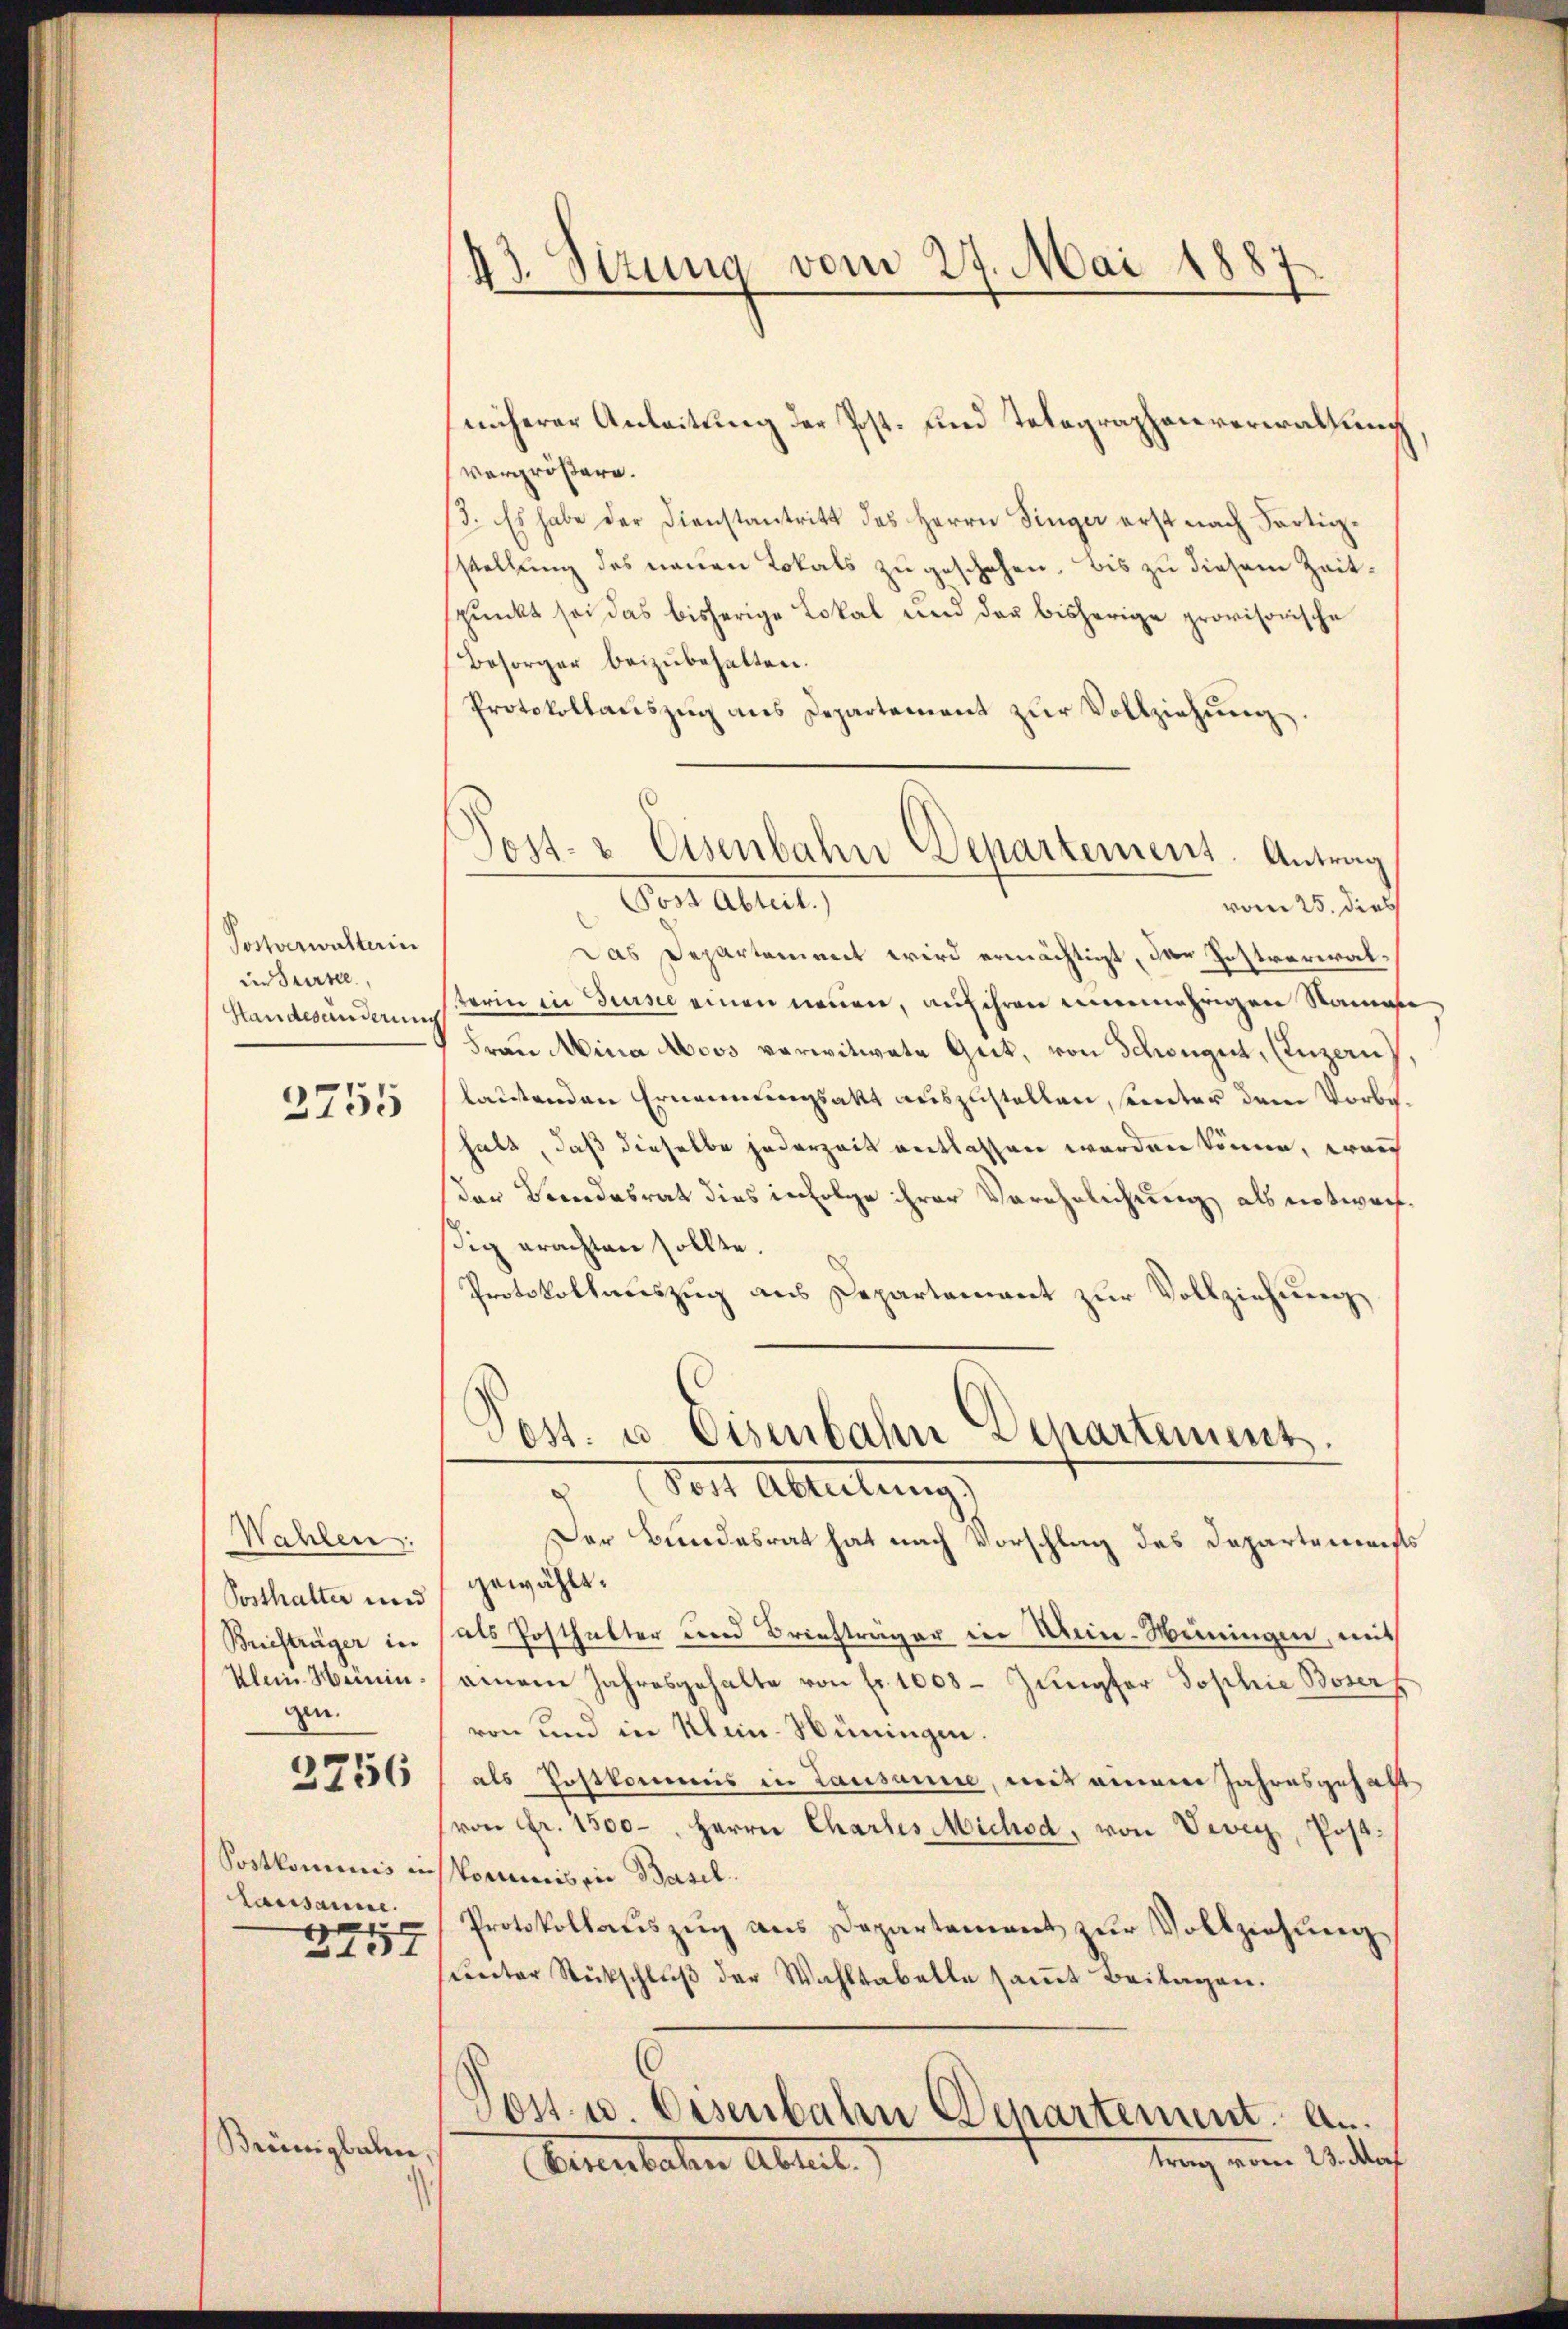
Postverwalterin
in Sursee,
Standesänderung

2755

Wahlen:
Posthalter und
gen.

3256

lausanne.
2757

Brünigbahn

43. Stzung vom 27. Mai 1887

näherer Anleitung der Post- und Telegraphenverwaltung
vergrößere.
/3. Es habe der Dienstantritt des Herrn Finger erst nach Partigstellung des neuen Lokals zu geschehen. Bis zu diesem Zeitspunkt sei das bisherige Lokal und der bisherige provisorische
Besorger beizubehalten.
Protokollauszug aus Departement zur Vollziehung
Post Abteil.)
vom 25. dies
Das Departement wird ermächtigt, das Postverwalsterin in Surse einen neuen, auf ihren nunmehrigen Namen
Frau Mina Moos verwitwete Gut, von Schwegen, (Luzern
lautenden Ernennungsakt auszustellen, sunter dem Vorbehalt, daß dieselbe jederzeit entlassen werden könne, wan
der Bandesrat dies infolge ihrer Verehelichung als notwerfsig erachten sollte.
Protokollauszug aus Departement zur Vollziehung

Post- & Eisenbahn Departement. Antrag

Post. u. Eisenbahn Departement.
Post Abreitungs

Der Bundesrat hat nach Vorschlag des Departemenst
gewählt.
Briefträger in als Posthalter und Briefträger in Mein-Weiningen, mit
Klein Heinin einem Jahresgehalte von fr. 1008 Jŭngfer Sophie Boserf
von und in Mein-Hüningen.
als Postkommis in Lausanne, mit einem Jahresgehalt
(von Fr. 1500-, Herrn Chartes Michod, von Vevey, Post¬
Postkominis inskommis ein Basel.
Protokollauszug aus Departement zur Vollziehung
sunter Rückschlŭβ der Wahltabelle samt Beilagen.
Jost u. Eisenbahn Departement. A.
trang vom Wittorf
Ernenbachen Abteil.